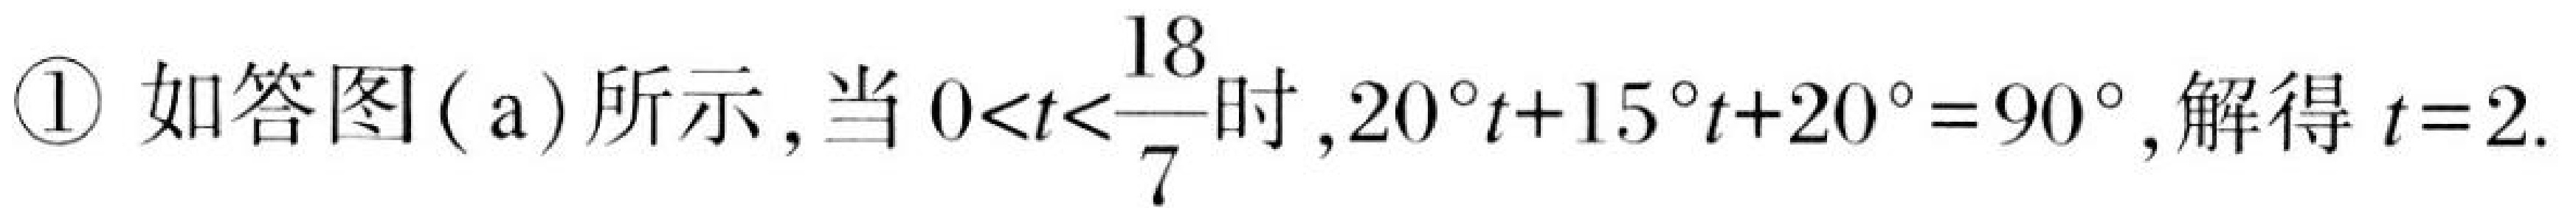
\textcircled{1} 如答图(a)所示,当\(0<t<\dfrac{18}{7}\)时,\(20^{\circ}t + 15^{\circ}t+20^{\circ}=90^{\circ}\),解得\(t = 2\).